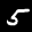
Label: 5